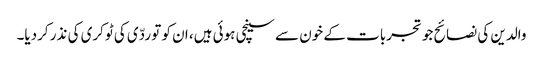
والدین کی نصائح جو تجربات کے خون سے سینچی ہوئی ہیں، ان کو تو ردّی کی ٹوکری کی نذر کردیا۔